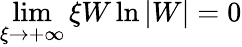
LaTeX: \operatorname*{lim}_{\xi\to+\infty}\xi W\ln{|W|}=0